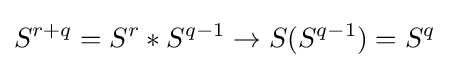
S^{r+q}=S^{r}*S^{q-1}\rightarrow S(S^{q-1})=S^{q}